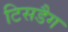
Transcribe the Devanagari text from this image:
टिसडैग